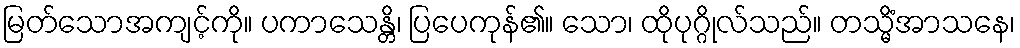
မြတ်သောအကျင့်ကို။ ပကာသေန္တိ၊ ပြပေကုန်၏။ သော၊ ထိုပုဂ္ဂိုလ်သည်။ တသ္မိံအာသနေ၊